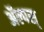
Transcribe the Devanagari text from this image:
ॲल्पस्